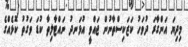
މިދިޔަ އަންގާރަ ދުވަހު ކަޒަކިސްތާނުން ޖައްވީ އުޅަނދު ނައްޓާލިތާ ކުޑަ ވަގުތު ކޮޅެއްގެ